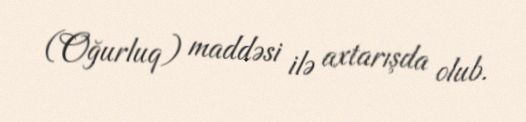
(Oğurluq) maddəsi ilə axtarışda olub.